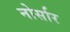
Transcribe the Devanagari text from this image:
नोर्सार